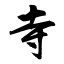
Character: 寺